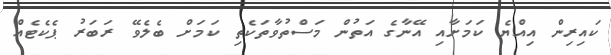
ކައިރިން އިއްޔެ ކަމަށާއި އޭނާގެ އަތުން މަސްތުވާތަކެތި ކަމަށް ބެލެވޭ ރަބަރު ޕެކެޓެއް